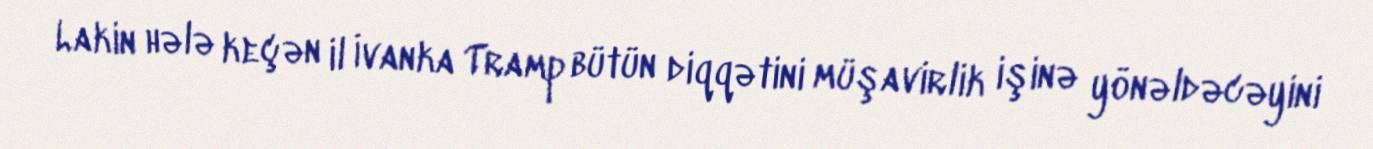
Lakin hələ keçən il İvanka Tramp bütün diqqətini müşavirlik işinə yönəldəcəyini